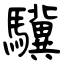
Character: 驥